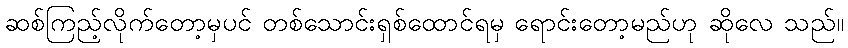
ဆစ်ကြည့်လိုက်တော့မှပင် တစ်သောင်းရှစ်ထောင်ရမှ ရောင်းတော့မည်ဟု ဆိုလေ သည်။